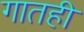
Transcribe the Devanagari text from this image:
गातही